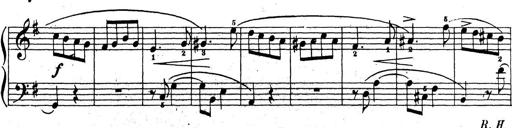
Title: 10 Sonatinas
Composer: Fritz Spindler